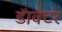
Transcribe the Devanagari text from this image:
डॅाक्टर